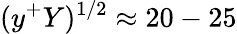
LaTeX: (y^{+}Y)^{1/2}\approx 20-25